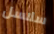
سلاسل